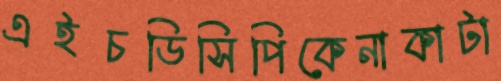
এইচডিসিপিকেনাকাটা